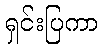
ရှင်းပြကာ